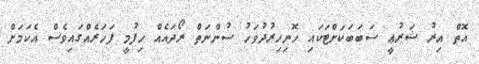
އޮތް އިރު ޝަރުޢީ ސަބަބަކަށްޓަކައި ހޮނިހިރުދުވަހު ސުންނަތް ރޯދައެއް ހިފުމީ ފަހަރެއްގައިވެސް އެކަމަށް